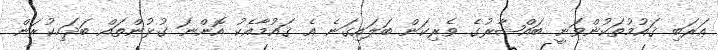
ޢަރަބި ޤައުމުތަކުންވަނީ ބައްޝާރުގެ ވެރިކަން ބަލައިގަނެ އެ ޤައުމާއެކު އޮންނަ ގުޅުންތައް ބަދަހިކުރަން